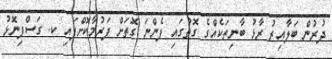
ދުރުން ބަލާއިރު ރާޅު ބާނިތަކެއްގެ ގޮތުގައި ފެންނަ ގޮތަށް ފަރުމާކޮށްފައި ކ. ގަސްފިނޮޅު